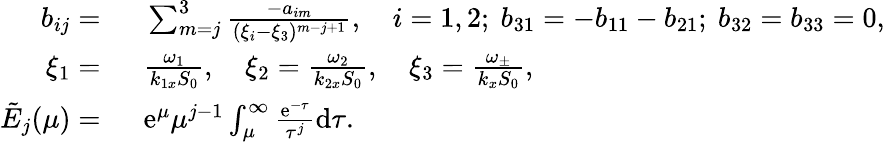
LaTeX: \begin{array}{rl}{b_{ij}=~}&{{}\sum_{m=j}^{3}\frac{-a_{im}}{(\xi_{i}-\xi_{3})^{m-j+1}},~~~~i=1,2;~b_{31}=-b_{11}-b_{21};~b_{32}=b_{33}=0,}\\ {\xi_{1}=~}&{{}\frac{\omega_{1}}{k_{1x}S_{0}},~~~~\xi_{2}=\frac{\omega_{2}}{k_{2x}S_{0}},~~~~\xi_{3}=\frac{\omega_{\pm}}{k_{x}S_{0}},}\\ {\tilde{E}_{j}(\mu)=~}&{{}\mathrm{e}^{\mu}\mu^{j-1}\int_{\mu}^{\infty}\frac{\mathrm{e}^{-\tau}}{\tau^{j}}\mathrm{d}\tau.}\end{array}